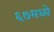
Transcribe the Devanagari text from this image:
६७मध्ये